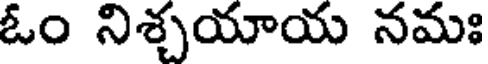
ఓం నిశ్చయాయ నమః